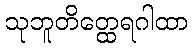
သုဘူတိတ္ထေရဂါထာ